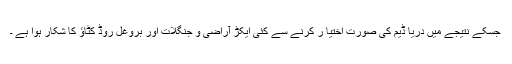
جسکے نتیجے میں دریا ڈیم کی صورت اختیا ر کرنے سے کئی ایکڑ آراضی و جنگلات اور بروغل روڈ کٹاؤ کا شکار ہوا ہے ۔